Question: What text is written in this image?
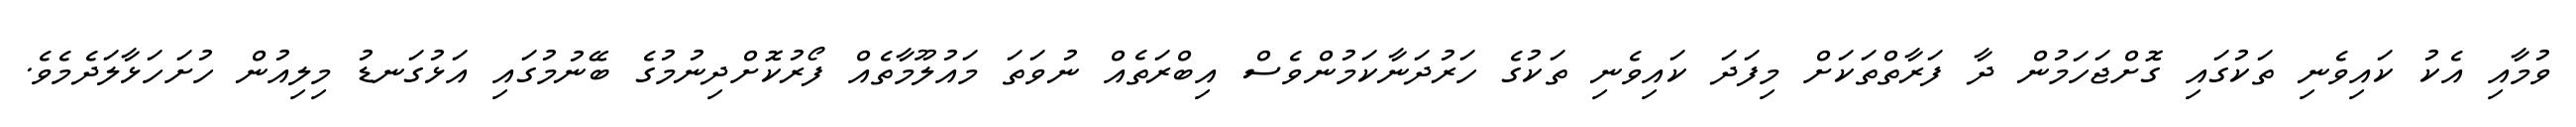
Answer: ވުމާއި އެކު ކައިވެނި ތަކުގައި ގޮށްޖަހަމުން ދާ ފަރާތްތަކަށް މިފަދަ ކައިވެނި ތަކުގެ ހަރުދަނާކަމުންވެސް އިބްރަތެއް ނުވަތަ މައުލޫމާތެއް ފޯރުކޮށްދިނުމުގެ ބޭނުމުގައި އަޅުގަނޑު މިލިއުން ހުށަހަޅާލަދެމެވެ.